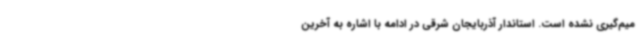
میم‌گیری نشده است. استاندار آذربایجان شرقی در ادامه با اشاره به آخرین